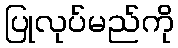
ပြုလုပ်မည်ကို